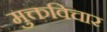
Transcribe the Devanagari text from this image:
मुक्तविचार